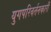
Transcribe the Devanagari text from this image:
युगपरिवर्तनकारी